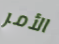
الأمر